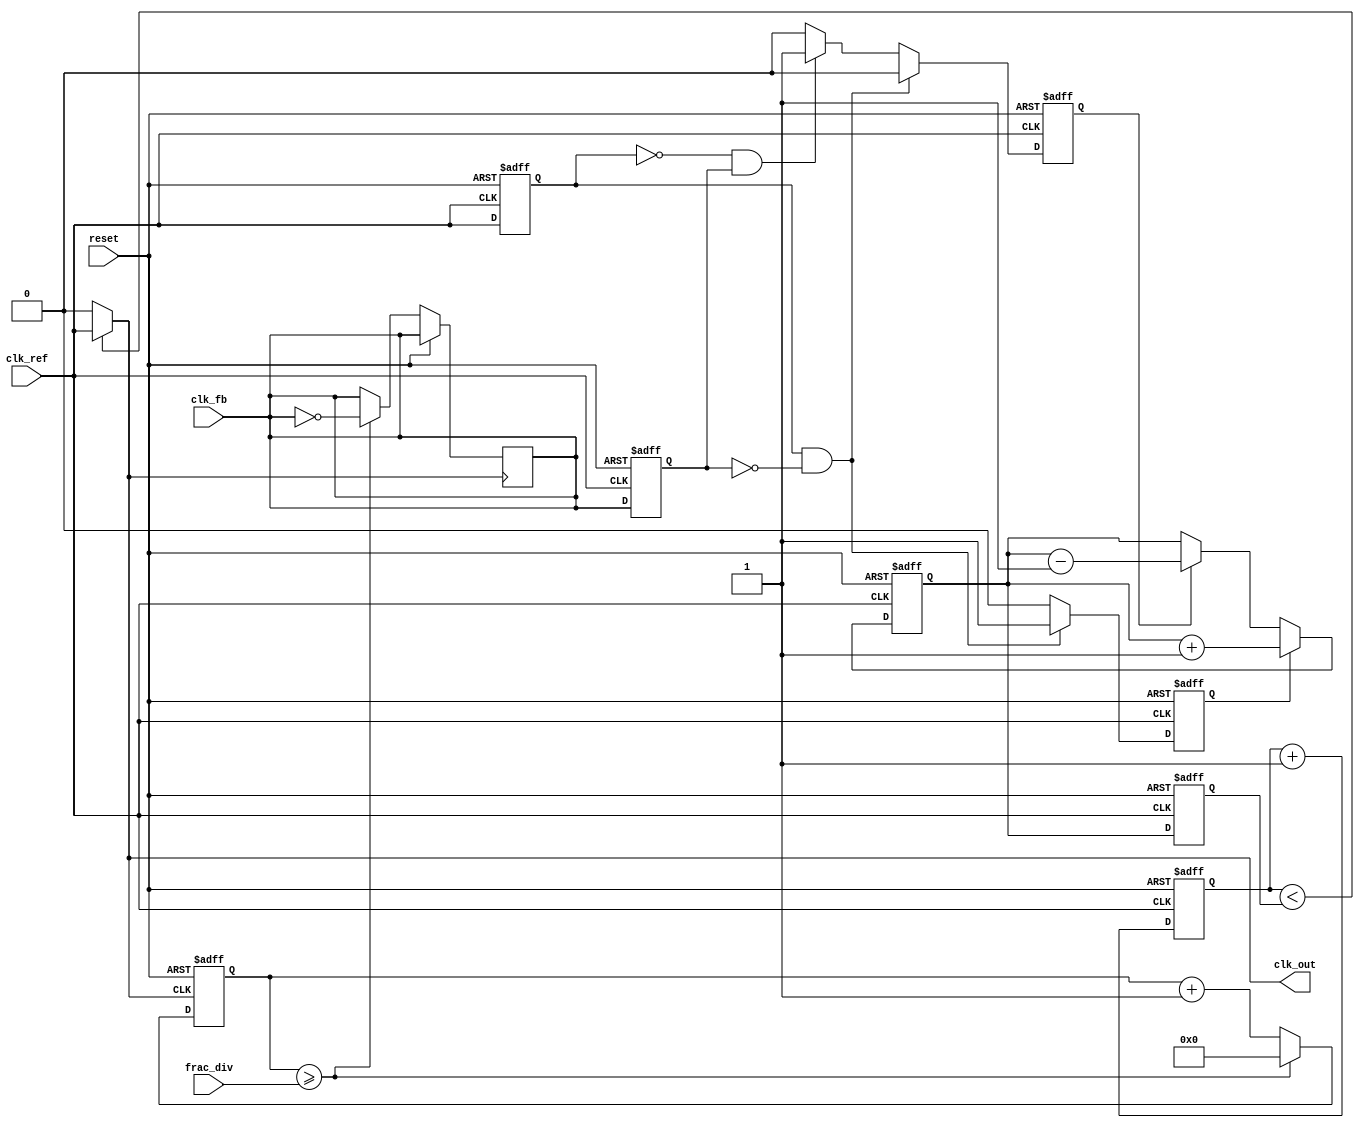
module fractional_pll (
    input wire clk_ref,           // Reference clock
    input wire clk_fb,            // Feedback clock from VCO
    input wire reset,             // Reset signal
    input wire [7:0] frac_div,    // Fractional division ratio (for simplicity)
    output wire clk_out           // Output clock
);

// Phase Frequency Detector
reg up, down;
reg last_ref, last_fb;

always @(posedge clk_ref or posedge reset) begin
    if (reset) begin
        up <= 0;
        down <= 0;
        last_ref <= 0;
        last_fb <= 0;
    end else begin
        last_ref <= clk_ref;
        last_fb <= clk_fb;
        
        if (last_ref && !last_fb) begin
            up <= 1;
            down <= 0;
        end else if (!last_ref && last_fb) begin
            up <= 0;
            down <= 1;
        end else begin
            up <= 0;
            down <= 0;
        end
    end
end

// Charge Pump
reg [15:0] charge_current;
always @(posedge clk_ref or posedge reset) begin
    if (reset) begin
        charge_current <= 0;
    end else begin
        if (up) begin
            charge_current <= charge_current + 1;
        end else if (down) begin
            charge_current <= charge_current - 1;
        end
    end
end

// Loop Filter (simple first-order)
reg [15:0] control_voltage;
always @(posedge clk_ref or posedge reset) begin
    if (reset) begin
        control_voltage <= 0;
    end else begin
        control_voltage <= charge_current; // Simple loop filter
    end
end

// Voltage-Controlled Oscillator (VCO)
reg [7:0] vco_counter;
wire clk_vco;
assign clk_vco = (vco_counter < control_voltage) ? clk_ref : 1'b0;

always @(posedge clk_ref or posedge reset) begin
    if (reset) begin
        vco_counter <= 0;
    end else begin
        vco_counter <= vco_counter + 1;
    end
end

// Feedback Divider (simplified)
reg [7:0] feedback_counter;
always @(posedge clk_vco or posedge reset) begin
    if (reset) begin
        feedback_counter <= 0;
    end else begin
        feedback_counter <= feedback_counter + 1;
        if (feedback_counter >= frac_div) begin
            feedback_counter <= 0;
            clk_fb <= ~clk_fb; // Toggle feedback clock
        end
    end
end

// Output Clock Generation
assign clk_out = clk_vco;

endmodule